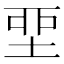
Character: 𡋲